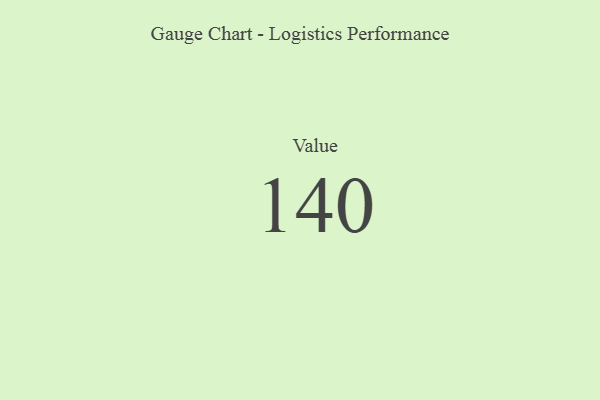
{"axis": {"x": "Metric", "y": "Value"}, "legend": [""], "data": [{"x": "Value", "y": 140, "type": ""}]}